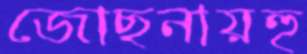
জোছনায়হু